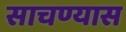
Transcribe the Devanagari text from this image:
साचण्यास